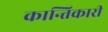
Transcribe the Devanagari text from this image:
कान्तिकारी